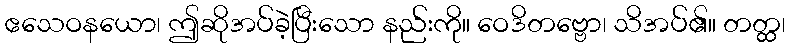
ဧသေဝနယော၊ ဤဆိုအပ်ခဲ့ပြီးသော နည်းကို။ ဝေဒိတဗ္ဗော၊ သိအပ်၏။ တတ္ထ၊